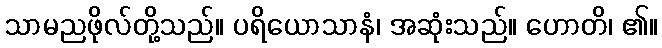
သာမညဖိုလ်တို့သည်။ ပရိယောသာနံ၊ အဆုံးသည်။ ဟောတိ၊ ၏။